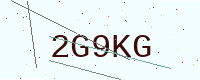
Text: 2G9KG